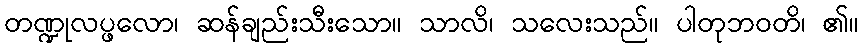
တဏ္ဍုလပ္ဖလော၊ ဆန်ချည်းသီးသော။ သာလိ၊ သလေးသည်။ ပါတုဘဝတိ၊ ၏။